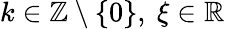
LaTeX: k\in\mathbb{Z}\setminus\{ 0\} ,\ \xi\in\mathbb{R}